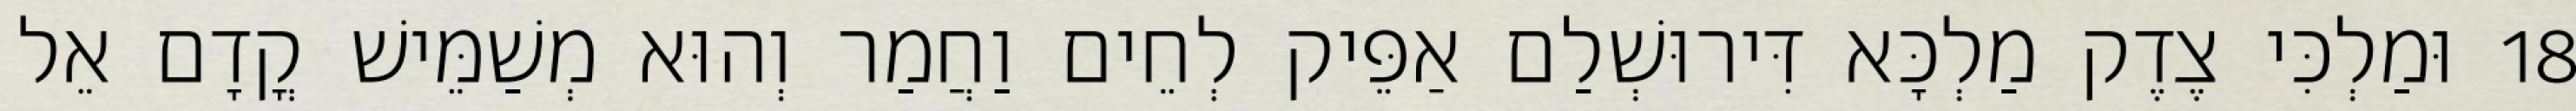
18 וּמַלְכִּי צֶדֶק מַלְכָּא דִּירוּשְׁלַם אַפֵּיק לְחֵים וַחֲמַר וְהוּא מְשַׁמֵּישׁ קֳדָם אֵל